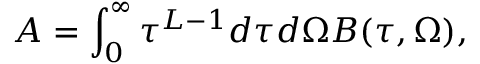
{ \cal A } = \int _ { 0 } ^ { \infty } \tau ^ { L - 1 } d \tau d \Omega { \cal B } ( \tau , \Omega ) ,